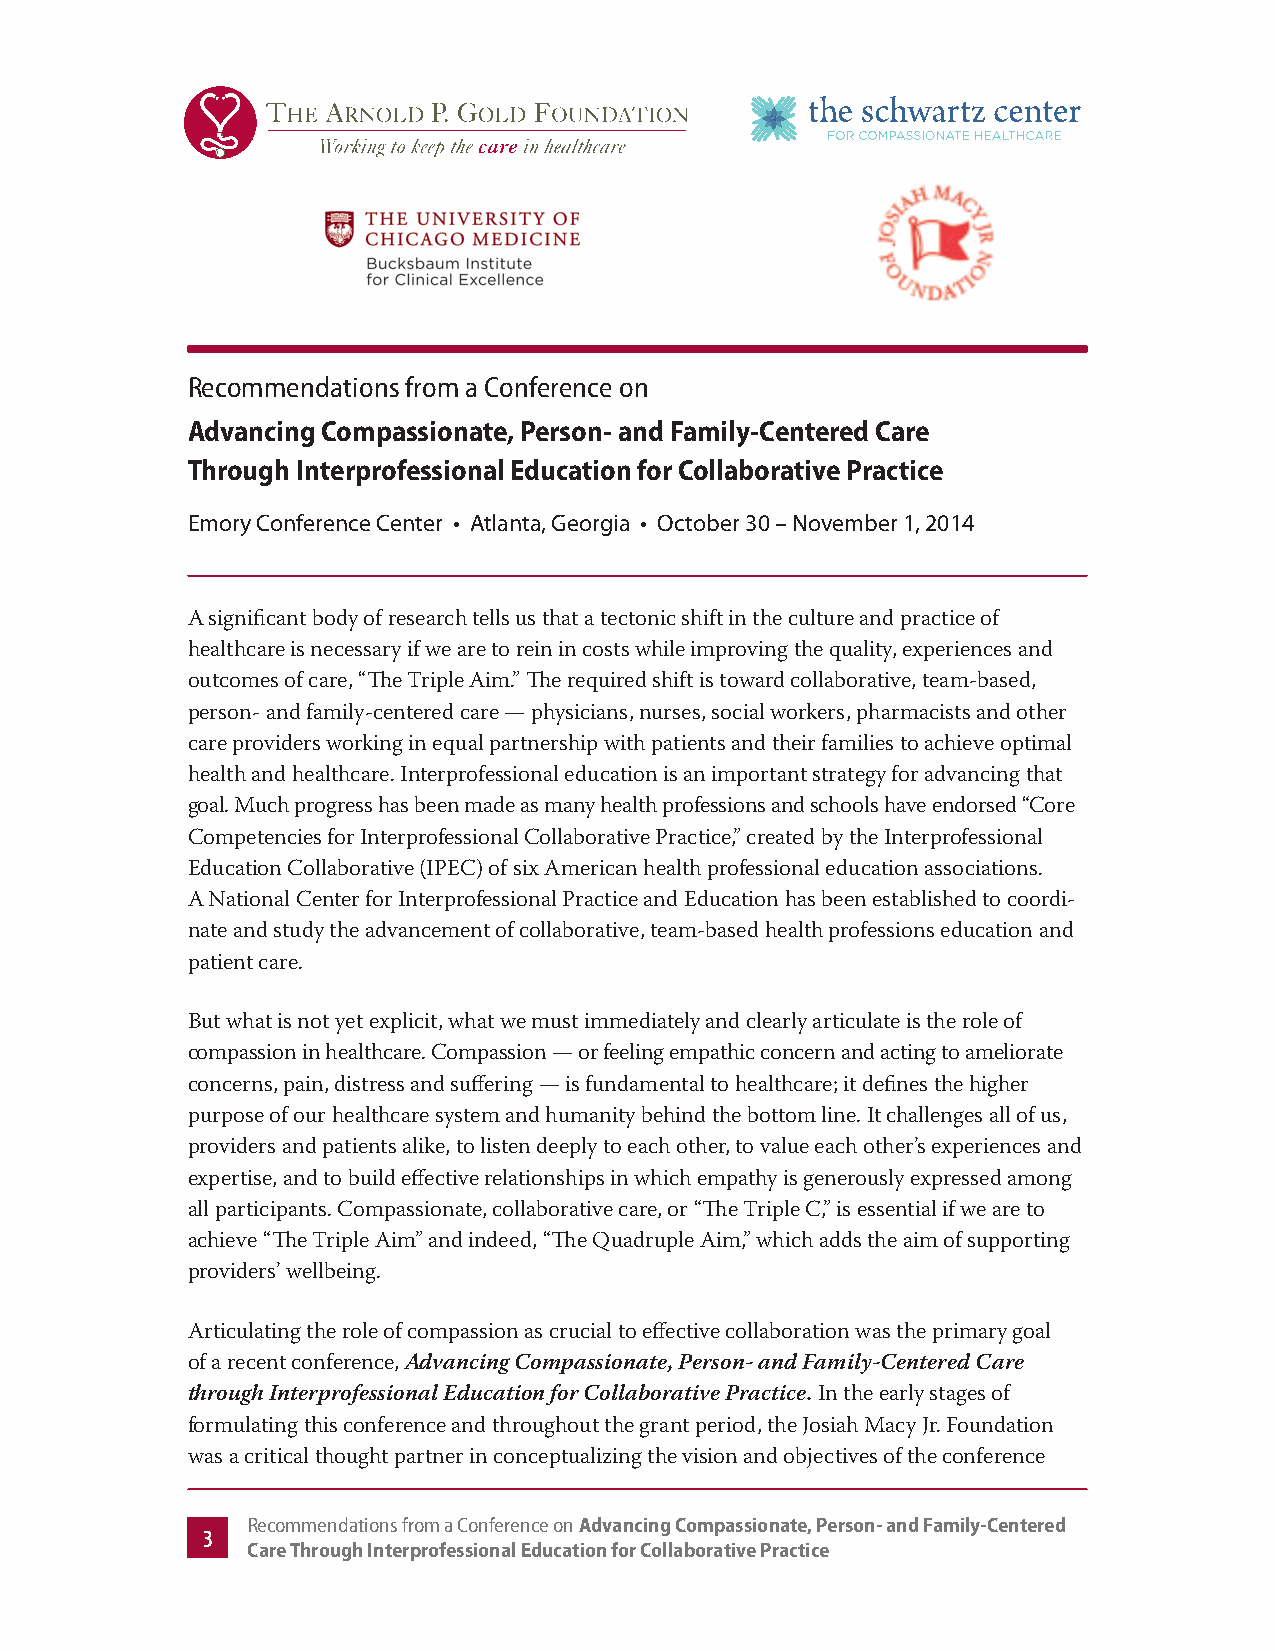
Recommendations from a Conference on
 Advancing Compassionate, Person- and Family-Centered Care
 Through Interprofessional Education for Collaborative Practice
 Emory Conference Center • Atlanta, Georgia • October 30 – November 1, 2014
 A significant body of research tells us that a tectonic shift in the culture and practice of
 healthcare is necessary if we are to rein in costs while improving the quality, experiences and
 outcomes of care, “The Triple Aim.” The required shift is toward collaborative, team-based,
 person- and family-centered care — physicians, nurses, social workers, pharmacists and other
 care providers working in equal partnership with patients and their families to achieve optimal
 health and healthcare. Interprofessional education is an important strategy for advancing that
 goal. Much progress has been made as many health professions and schools have endorsed “Core
 Competencies for Interprofessional Collaborative Practice,” created by the Interprofessional
 Education Collaborative (IPEC) of six American health professional education associations.
 A National Center for Interprofessional Practice and Education has been established to coordi-
 nate and study the advancement of collaborative, team-based health professions education and
 patient care.
 But what is not yet explicit, what we must immediately and clearly articulate is the role of
 compassion in healthcare. Compassion — or feeling empathic concern and acting to ameliorate
 concerns, pain, distress and suffering — is fundamental to healthcare; it defines the higher
 purpose of our healthcare system and humanity behind the bottom line. It challenges all of us,
 providers and patients alike, to listen deeply to each other, to value each other’s experiences and
 expertise, and to build effective relationships in which empathy is generously expressed among
 all participants. Compassionate, collaborative care, or “The Triple C,” is essential if we are to
 achieve “The Triple Aim” and indeed, “The Quadruple Aim,” which adds the aim of supporting
 providers’ wellbeing.
 Articulating the role of compassion as crucial to effective collaboration was the primary goal
 of a recent conference, Advancing Compassionate, Person- and Family-Centered Care
 through Interprofessional Education for Collaborative Practice. In the early stages of
 formulating this conference and throughout the grant period, the Josiah Macy Jr. Foundation
 was a critical thought partner in conceptualizing the vision and objectives of the conference
 Recommendations from a Conference on Advancing Compassionate, Person- and Family-Centered
 3
 Care Through Interprofessional Education for Collaborative Practice